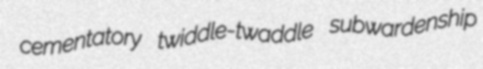
cementatory twiddle-twaddle subwardenship